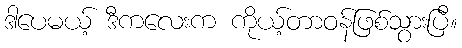
ဒါပေမယ့် ဒီကလေးက ကိုယ့်တာဝန်ဖြစ်သွားပြီ။